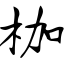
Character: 枷